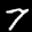
Label: 7